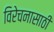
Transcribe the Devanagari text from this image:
विरेचनासाठी